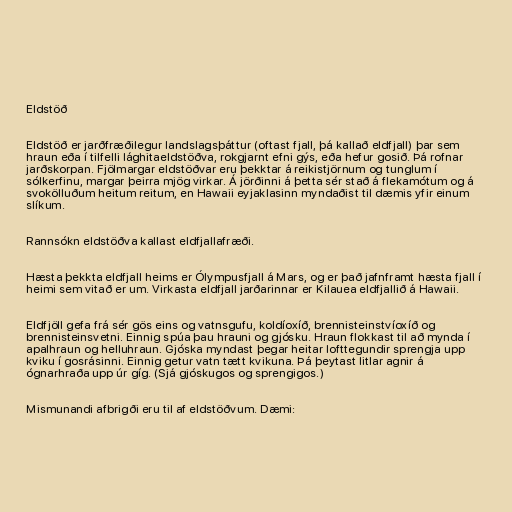
Eldstöð

Eldstöð er jarðfræðilegur landslagsþáttur (oftast fjall, þá kallað eldfjall) þar sem
hraun eða í tilfelli lághitaeldstöðva, rokgjarnt efni gýs, eða hefur gosið. Þá rofnar
jarðskorpan. Fjölmargar eldstöðvar eru þekktar á reikistjörnum og tunglum í
sólkerfinu, margar þeirra mjög virkar. Á jörðinni á þetta sér stað á flekamótum og á
svokölluðum heitum reitum, en Hawaii eyjaklasinn myndaðist til dæmis yfir einum
slíkum.

Rannsókn eldstöðva kallast eldfjallafræði.

Hæsta þekkta eldfjall heims er Ólympusfjall á Mars, og er það jafnframt hæsta fjall í
heimi sem vitað er um. Virkasta eldfjall jarðarinnar er Kilauea eldfjallið á Hawaii.

Eldfjöll gefa frá sér gös eins og vatnsgufu, koldíoxíð, brennisteinstvíoxíð og
brennisteinsvetni. Einnig spúa þau hrauni og gjósku. Hraun flokkast til að mynda í
apalhraun og helluhraun. Gjóska myndast þegar heitar lofttegundir sprengja upp
kviku í gosrásinni. Einnig getur vatn tætt kvikuna. Þá þeytast litlar agnir á
ógnarhraða upp úr gíg. (Sjá gjóskugos og sprengigos.)

Mismunandi afbrigði eru til af eldstöðvum. Dæmi: